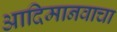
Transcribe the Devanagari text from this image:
आदिमानवाचा